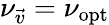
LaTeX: \nu_{\vec{v}}=\nu_{\mathrm{opt}}